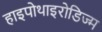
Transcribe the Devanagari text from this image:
हाइपोथाइरोडिज्म